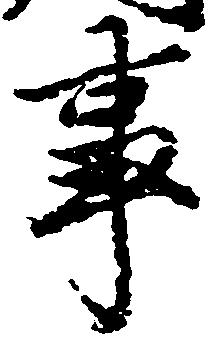
事